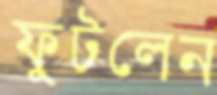
ফুটলেন